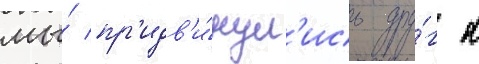
мы́ пр'идв'и́нул'ись дру́г к